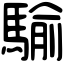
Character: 騟